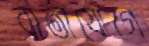
বার্তাযোগে